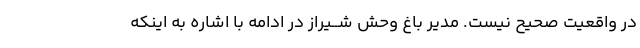
در واقعیت صحیح نیست. مدیر باغ وحش شــیراز در ادامه با اشاره به اینکه